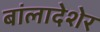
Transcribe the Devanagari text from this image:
बांलादेशेर